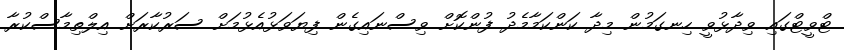
ޓްވީޓްގައި ވިދާޅުވީ ހިނގަމުން މިދާ ކަންކަމާމެދު ފުންކޮށް ވިސްނައިގެން ފިޔަވަޅުއެޅުމަށް ސަރުކާރަށް އިލްތިމާސްކުރާ